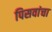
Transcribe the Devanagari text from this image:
पिसवांचा